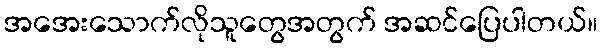
အအေးသောက်လိုသူတွေအတွက် အဆင်ပြေပါတယ်။